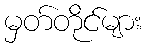
မှတ်တိုင်များ